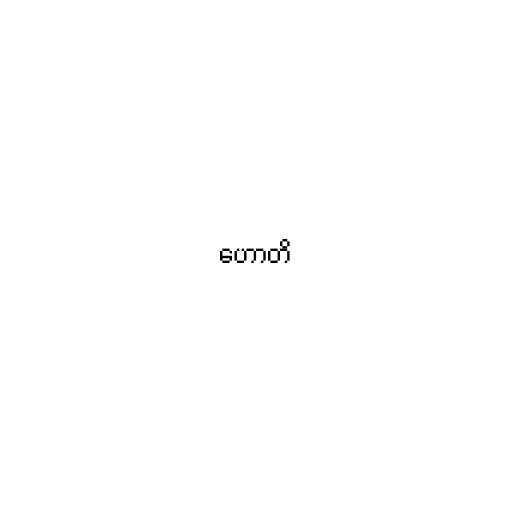
ဟောတိ